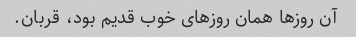
آن روزها همان روزهای خوب قدیم بود، قربان.